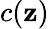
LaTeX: c(\mathbf{z})